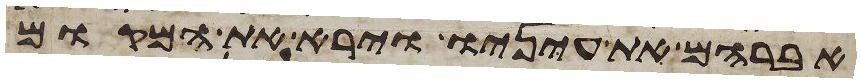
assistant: אברהם את עיניו וירא את המקום